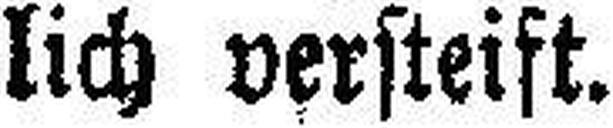
lich versteift.